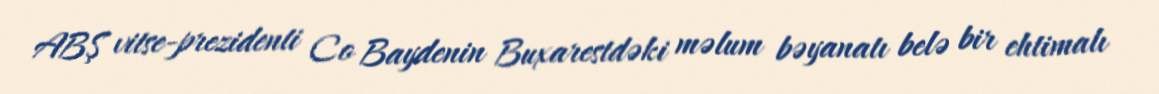
ABŞ vitse-prezidenti Co Baydenin Buxarestdəki məlum bəyanatı belə bir ehtimalı